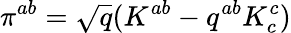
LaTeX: \pi^{ab}={\sqrt{q}}(K^{ab}-q^{ab}K_{c}^{c})